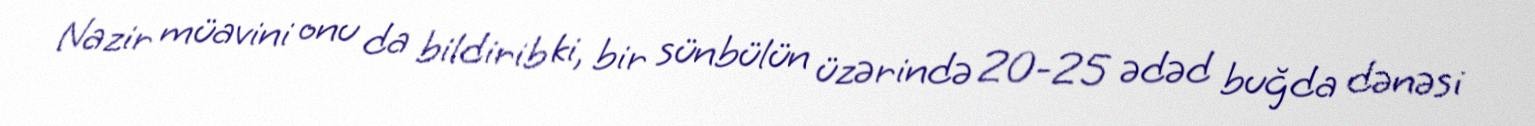
Nazir müavini onu da bildirib ki, bir sünbülün üzərində 20-25 ədəd buğda dənəsi